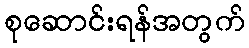
စုဆောင်းရန်အတွက်